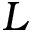
L